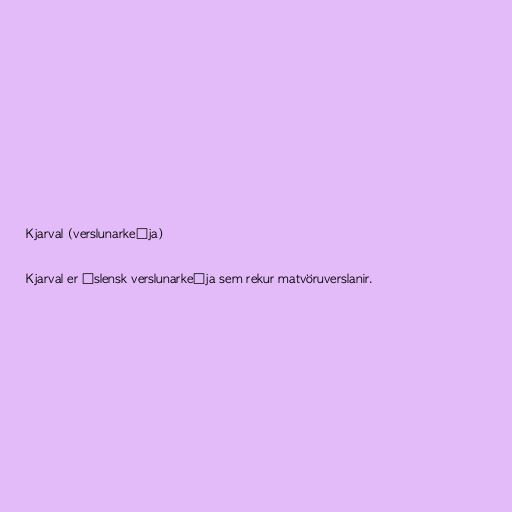
Kjarval (verslunarkeðja)

Kjarval er íslensk verslunarkeðja sem rekur matvöruverslanir.